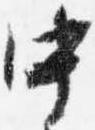
中